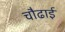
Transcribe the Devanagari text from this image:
चौढाई